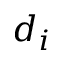
d _ { i }